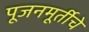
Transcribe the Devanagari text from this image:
पूजनमूर्तीचे